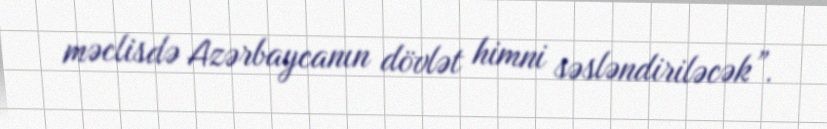
məclisdə Azərbaycanın dövlət himni səsləndiriləcək”.